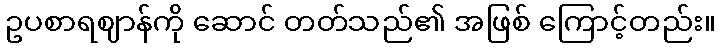
ဥပစာရဈာန်ကို ဆောင် တတ်သည်၏ အဖြစ် ကြောင့်တည်း။